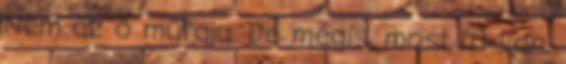
Nem az ő műfaja. De mégis, most itt van,